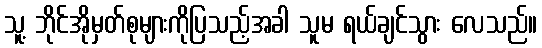
သူ့ ဘိုင်အိုမှတ်စုများကိုပြသည့်အခါ သူမ ရယ်ချင်သွား လေသည်။